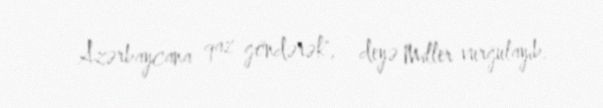
Azərbaycana qaz göndərək", - deyə Miller vurğulayıb.